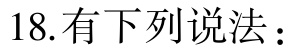
18.有下列说法：